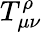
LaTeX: T_{\mu\nu}^{\rho}